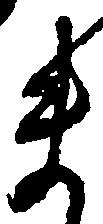
ま